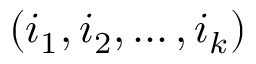
( i _ { 1 } , i _ { 2 } , \ldots , i _ { k } )